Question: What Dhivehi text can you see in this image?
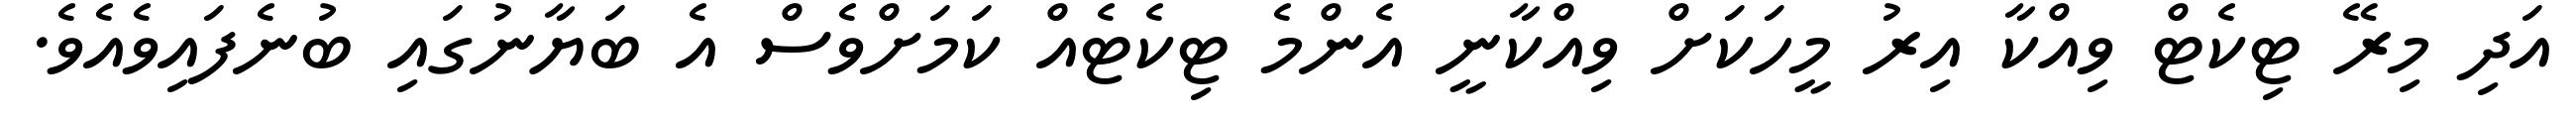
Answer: އަދި މިރޭ ޓިކެޓް ވިއްކާ އިރު މީހަކަށް ވިއްކާނީ އެންމެ ޓިކެޓެއް ކަމަށްވެސް އެ ބަޔާނުގައި ބުނެފައިވެއެވެ.